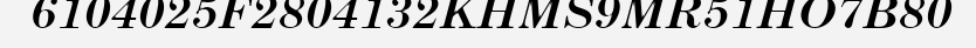
6104025F2804132KHMS9MR51HO7B80